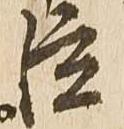
臣